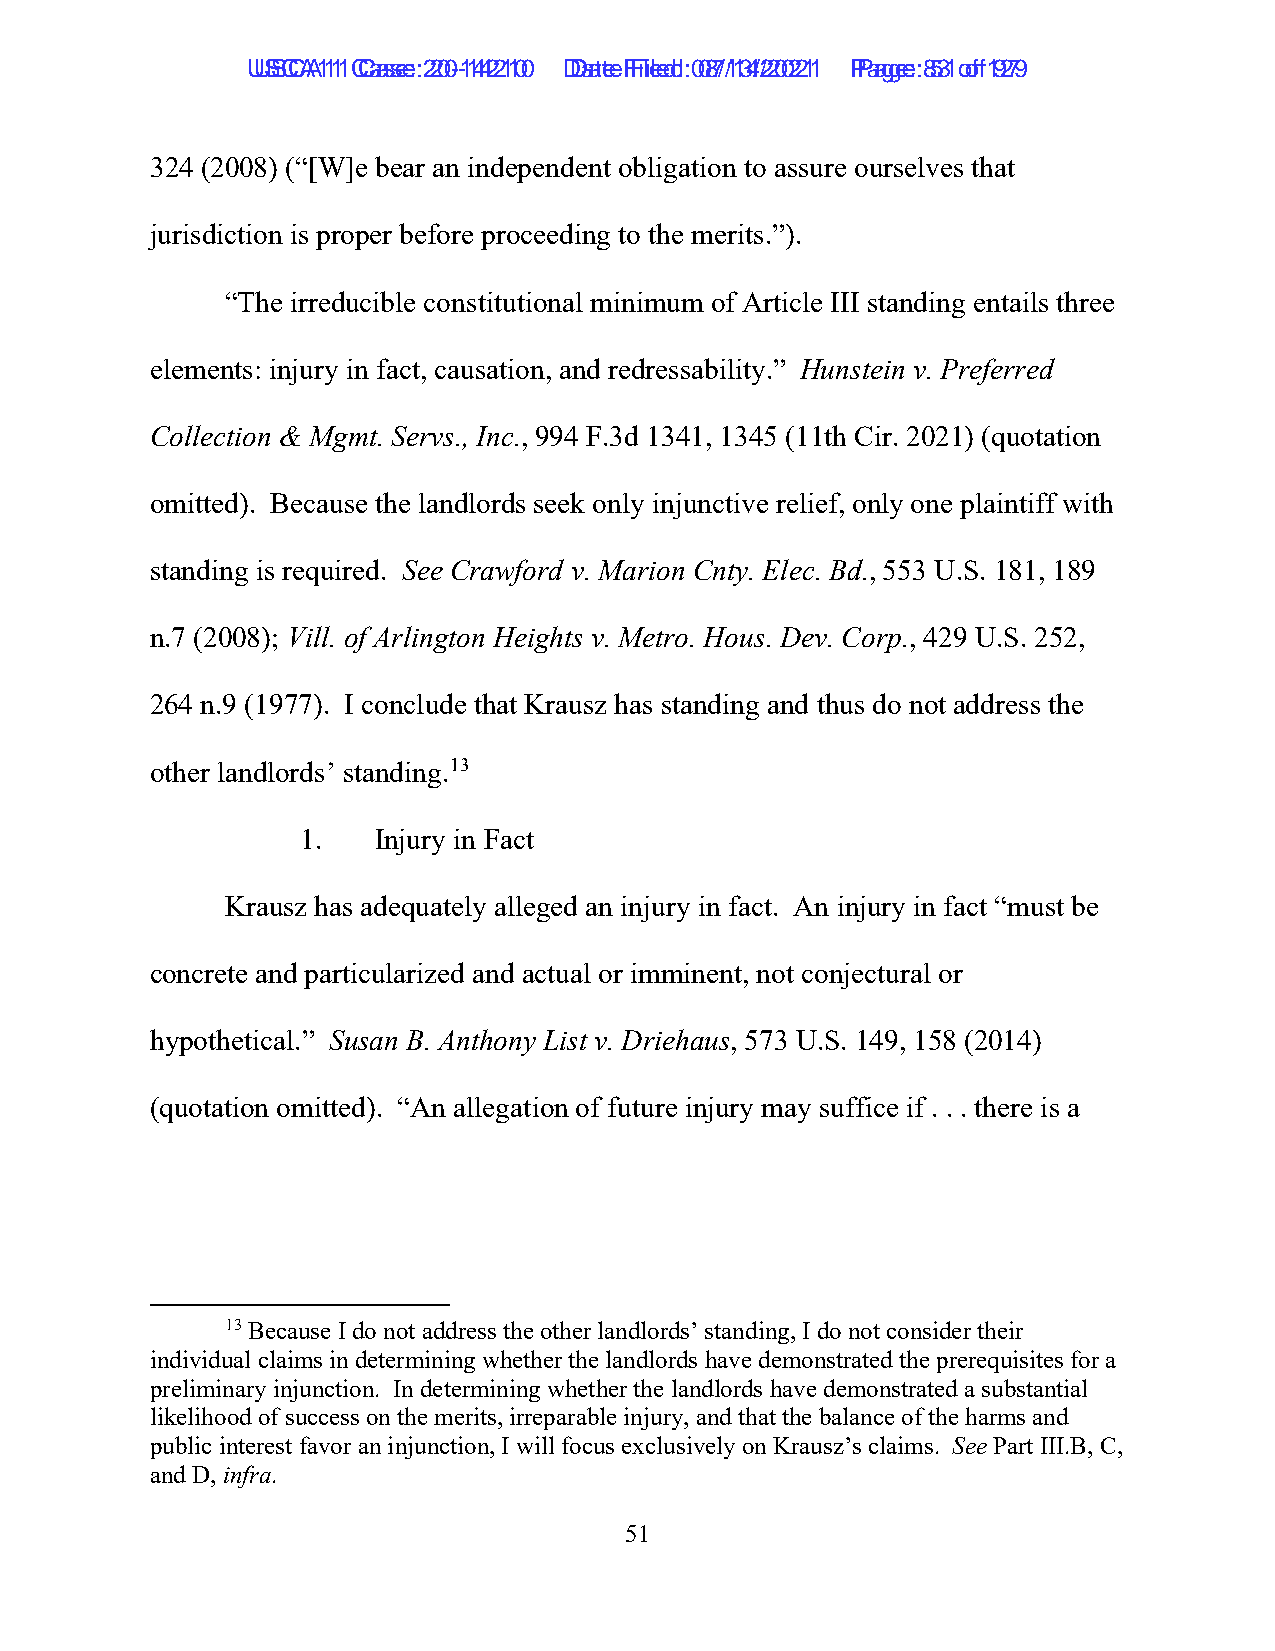
UUSSCCAA1111 C Caassee: :2 200--1144221100 D Daatete F Filieledd: :0 087/1/134/2/2002211 P Paaggee: :8 531 o of f1 9279
 324 (2008) (“[W]e bear an independent obligation to assure ourselves that
 jurisdiction is proper before proceeding to the merits.”).
 “The irreducible constitutional minimum of Article III standing entails three
 elements: injury in fact, causation, and redressability.” Hunstein v. Preferred
 Collection & Mgmt. Servs., Inc., 994 F.3d 1341, 1345 (11th Cir. 2021) (quotation
 omitted). Because the landlords seek only injunctive relief, only one plaintiff with
 standing is required. See Crawford v. Marion Cnty. Elec. Bd., 553 U.S. 181, 189
 n.7 (2008); Vill. of Arlington Heights v. Metro. Hous. Dev. Corp., 429 U.S. 252,
 264 n.9 (1977). I conclude that Krausz has standing and thus do not address the
 other landlords’ standing.13
 1.   Injury in Fact
 Krausz has adequately alleged an injury in fact. An injury in fact “must be
 concrete and particularized and actual or imminent, not conjectural or
 hypothetical.” Susan B. Anthony List v. Driehaus, 573 U.S. 149, 158 (2014)
 (quotation omitted). “An allegation of future injury may suffice if . . . there is a
 13 Because I do not address the other landlords’ standing, I do not consider their
 individual claims in determining whether the landlords have demonstrated the prerequisites for a
 preliminary injunction. In determining whether the landlords have demonstrated a substantial
 likelihood of success on the merits, irreparable injury, and that the balance of the harms and
 public interest favor an injunction, I will focus exclusively on Krausz’s claims. See Part III.B, C,
 and D, infra.
 51